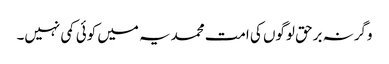
وگرنہ برحق لوگوں کی امت محمدیہ میں کوئی کمی نہیں۔